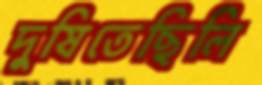
দুষিতেছিলি